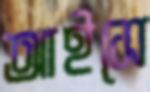
আইসে